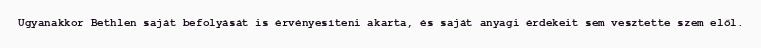
Ugyanakkor Bethlen saját befolyását is érvényesíteni akarta, és saját anyagi érdekeit sem vesztette szem elől.